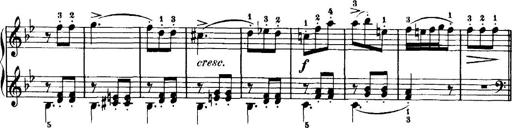
Title: 7 Sonatinas
Composer: Anton Diabelli